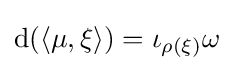
\mathrm {d} (\langle \mu ,\xi \rangle )=\iota _{\rho (\xi )}\omega